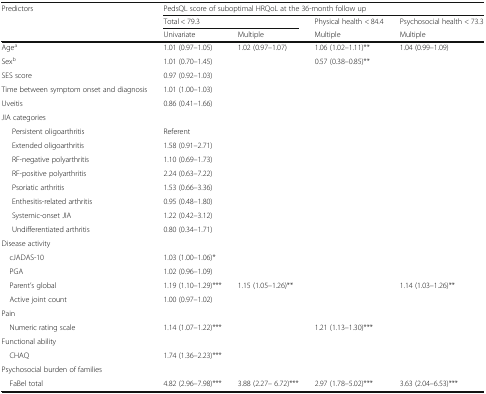
<table><thead><tr><td rowspan="3"><b>Predictors</b></td><td colspan="4"><b>PedsQL score of suboptimal HRQoL at the 36-month follow up</b></td></tr><tr><td colspan="2"><b>Total &lt; 79.3</b></td><td><b>Physical health &lt; 84.4</b></td><td><b>Psychosocial health &lt; 73.3</b></td></tr><tr><td><b>Univariate</b></td><td><b>Multiple</b></td><td><b>Multiple</b></td><td><b>Multiple</b></td></tr></thead><tbody><tr><td>Age<sup>a</sup></td><td>1.01 (0.97–1.05)</td><td>1.02 (0.97–1.07)</td><td>1.06 (1.02–1.11)**</td><td>1.04 (0.99–1.09)</td></tr><tr><td>Sex<sup>b</sup></td><td>1.01 (0.70–1.45)</td><td></td><td>0.57 (0.38–0.85)**</td><td></td></tr><tr><td>SES score</td><td>0.97 (0.92–1.03)</td><td></td><td></td><td></td></tr><tr><td>Time between symptom onset and diagnosis</td><td>1.01 (1.00–1.03)</td><td></td><td></td><td></td></tr><tr><td>Uveitis</td><td>0.86 (0.41–1.66)</td><td></td><td></td><td></td></tr><tr><td colspan="5">JIA categories</td></tr><tr><td>Persistent oligoarthritis</td><td>Referent</td><td></td><td></td><td></td></tr><tr><td>Extended oligoarthritis</td><td>1.58 (0.91–2.71)</td><td></td><td></td><td></td></tr><tr><td>RF-negative polyarthritis</td><td>1.10 (0.69–1.73)</td><td></td><td></td><td></td></tr><tr><td>RF-positive polyarthritis</td><td>2.24 (0.63–7.22)</td><td></td><td></td><td></td></tr><tr><td>Psoriatic arthritis</td><td>1.53 (0.66–3.36)</td><td></td><td></td><td></td></tr><tr><td>Enthesitis-related arthritis</td><td>0.95 (0.48–1.80)</td><td></td><td></td><td></td></tr><tr><td>Systemic-onset JIA</td><td>1.22 (0.42–3.12)</td><td></td><td></td><td></td></tr><tr><td>Undifferentiated arthritis</td><td>0.80 (0.34–1.71)</td><td></td><td></td><td></td></tr><tr><td colspan="5">Disease activity</td></tr><tr><td> cJADAS-10</td><td>1.03 (1.00–1.06)*</td><td></td><td></td><td></td></tr><tr><td> PGA</td><td>1.02 (0.96–1.09)</td><td></td><td></td><td></td></tr><tr><td> Parent’s global</td><td>1.19 (1.10–1.29)***</td><td>1.15 (1.05–1.26)**</td><td></td><td>1.14 (1.03–1.26)**</td></tr><tr><td> Active joint count</td><td>1.00 (0.97–1.02)</td><td></td><td></td><td></td></tr><tr><td colspan="5">Pain</td></tr><tr><td> Numeric rating scale</td><td>1.14 (1.07–1.22)***</td><td></td><td>1.21 (1.13–1.30)***</td><td></td></tr><tr><td colspan="5">Functional ability</td></tr><tr><td> CHAQ</td><td>1.74 (1.36–2.23)***</td><td></td><td></td><td></td></tr><tr><td colspan="5">Psychosocial burden of families</td></tr><tr><td> FaBel total</td><td>4.82 (2.96–7.98)***</td><td>3.88 (2.27– 6.72)***</td><td>2.97 (1.78–5.02)***</td><td>3.63 (2.04–6.53)***</td></tr></tbody></table>